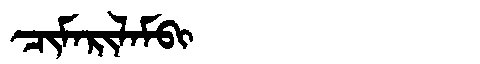
Manchu: ᠴᡳᠮᠠᡵᡳᠯᠠᠮᠪᡳ
Romanization: CIMARILAMBI